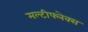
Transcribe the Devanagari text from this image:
मल्टीफ्लेक्स